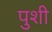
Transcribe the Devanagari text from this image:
पुशी